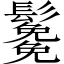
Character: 𩯯